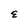
Character: E